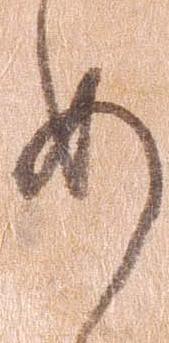
め